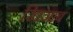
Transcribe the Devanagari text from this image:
खिजाब